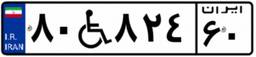
۵۰W۵۵۳۲۱